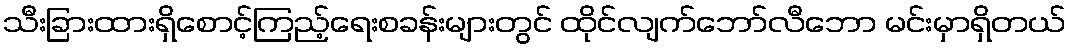
သီးခြားထားရှိစောင့်ကြည့်ရေးစခန်းများတွင် ထိုင်လျက်ဘော်လီဘော မင်းမှာရှိတယ်